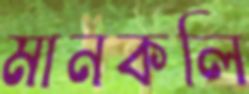
মানকলি